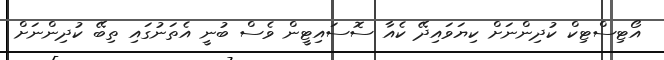
އޯޓިސްޓިކް ކުދިންނަށް ކިޔަވައިދޭ ކެއާ ސޮސައިޓީން ވެސް ބުނީ އެތަނުގައި ތިބޭ ކުދިންނަށް